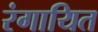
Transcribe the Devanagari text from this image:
रंगायित